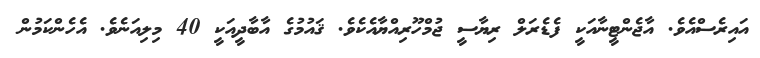
އައިރެސްއެވެ. އާޖެންޓީނާއަކީ ފެޑެރަލް ރިޔާސީ ޖުމްހޫރިއްޔާއެކެވެ. ޤައުމުގެ އާބާދީއަކީ 40 މިލިއަނެވެ. އެހެންކަމުން